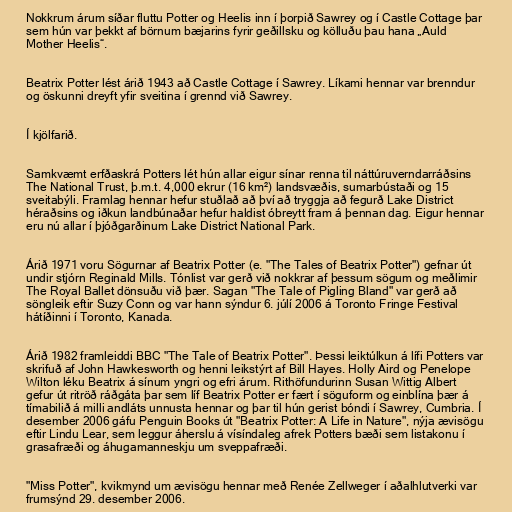
Nokkrum árum síðar fluttu Potter og Heelis inn í þorpið Sawrey og í Castle Cottage þar
sem hún var þekkt af börnum bæjarins fyrir geðillsku og kölluðu þau hana „Auld
Mother Heelis“.

Beatrix Potter lést árið 1943 að Castle Cottage í Sawrey. Líkami hennar var brenndur
og öskunni dreyft yfir sveitina í grennd við Sawrey.

Í kjölfarið.

Samkvæmt erfðaskrá Potters lét hún allar eigur sínar renna til náttúruverndarráðsins
The National Trust, þ.m.t. 4,000 ekrur (16 km²) landsvæðis, sumarbústaði og 15
sveitabýli. Framlag hennar hefur stuðlað að því að tryggja að fegurð Lake District
héraðsins og iðkun landbúnaðar hefur haldist óbreytt fram á þennan dag. Eigur hennar
eru nú allar í þjóðgarðinum Lake District National Park.

Árið 1971 voru Sögurnar af Beatrix Potter (e. "The Tales of Beatrix Potter") gefnar út
undir stjórn Reginald Mills. Tónlist var gerð við nokkrar af þessum sögum og meðlimir
The Royal Ballet dönsuðu við þær. Sagan "The Tale of Pigling Bland" var gerð að
söngleik eftir Suzy Conn og var hann sýndur 6. júlí 2006 á Toronto Fringe Festival
hátíðinni í Toronto, Kanada.

Árið 1982 framleiddi BBC "The Tale of Beatrix Potter". Þessi leiktúlkun á lífi Potters var
skrifuð af John Hawkesworth og henni leikstýrt af Bill Hayes. Holly Aird og Penelope
Wilton léku Beatrix á sínum yngri og efri árum. Rithöfundurinn Susan Wittig Albert
gefur út ritröð ráðgáta þar sem líf Beatrix Potter er fært í söguform og einblína þær á
tímabilið á milli andláts unnusta hennar og þar til hún gerist bóndi í Sawrey, Cumbria. Í
desember 2006 gáfu Penguin Books út "Beatrix Potter: A Life in Nature", nýja ævisögu
eftir Lindu Lear, sem leggur áherslu á vísíndaleg afrek Potters bæði sem listakonu í
grasafræði og áhugamanneskju um sveppafræði.

"Miss Potter", kvikmynd um ævisögu hennar með Renée Zellweger í aðalhlutverki var
frumsýnd 29. desember 2006.